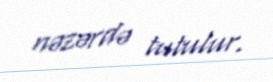
nəzərdə tutulur.